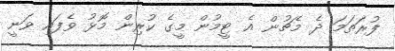
ފުރަތަމަ ދެ މެޗުން އެ ޓީމުން މީގެ ކުރިން މޮޅު ވެފައި ވަނީ